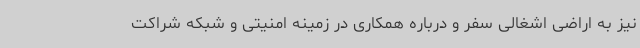
نیز به اراضی اشغالی سفر و درباره همکاری در زمینه امنیتی و شبکه شراکت